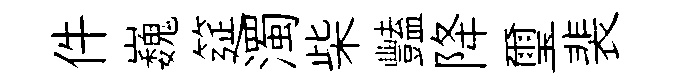
件巍筵濁柴豔降璽裴